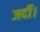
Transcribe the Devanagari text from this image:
जर्दी।